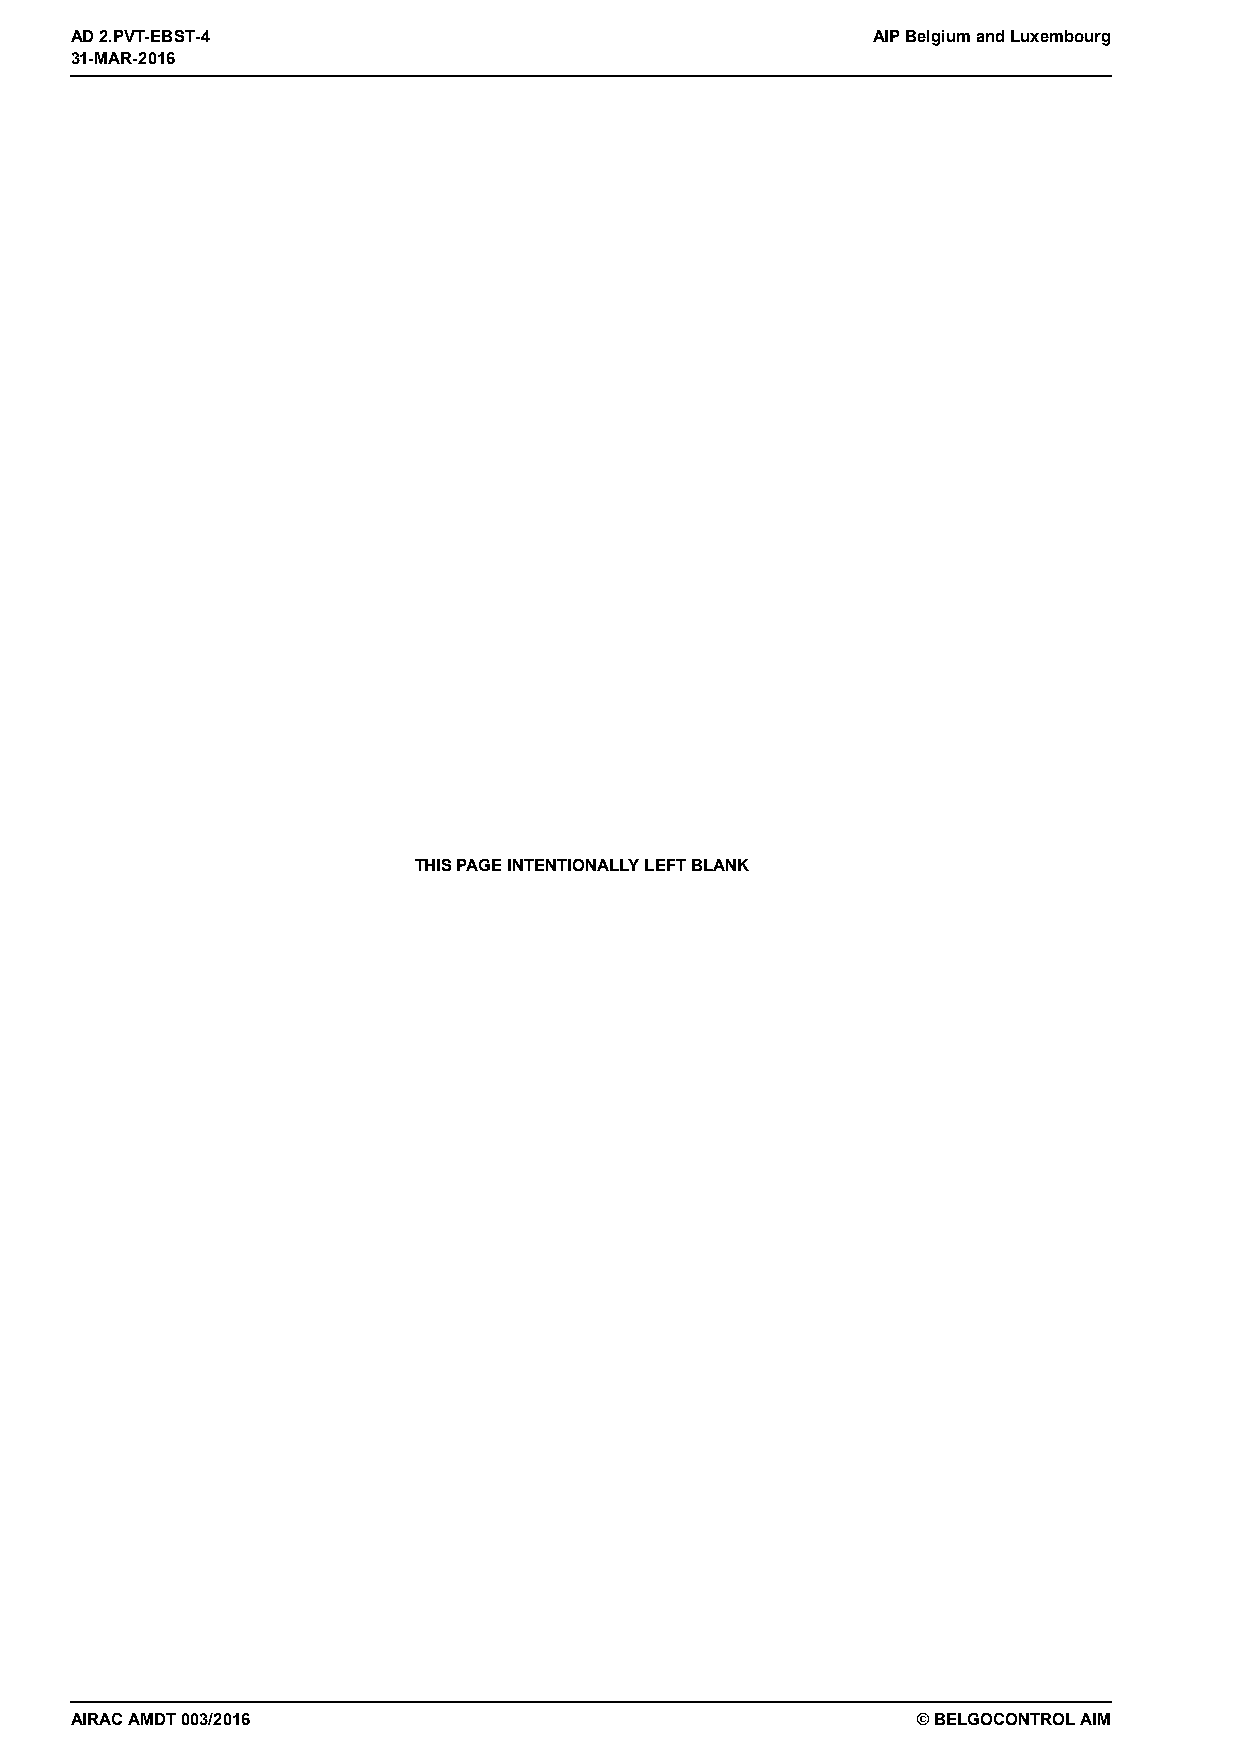
31-MAR-2016
 AD 2.PVT-EBST-4                                      AIP Belgium and Luxembourg
 31-MAR-2016
 THIS PAGE INTENTIONALLY LEFT BLANK
 AIRAC AMDT 003/2016                                     © BELGOCONTROL AIM